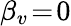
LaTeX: \beta_{v}\! =\! 0